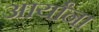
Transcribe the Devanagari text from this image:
आर्यांना